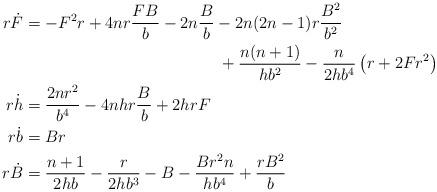
LaTeX: \begin{align*}r\dot{F} &= -F^2r + 4nr \frac{FB}{b} - 2n\frac{B}{b} - 2n(2n-1)r \frac{B^2}{b^2} \\& \qquad\qquad\qquad\qquad\qquad\qquad+ \frac{n(n+1)}{hb^2} - \frac{n}{2hb^4}\left(r + 2 F r^2 \right) \\r\dot{h} &= \frac{2nr^2}{b^4} - 4nhr \frac{B}{b} + 2hrF \\r\dot{b}&= Br \\r\dot{B} &= \frac{n+1}{2hb} - \frac{r}{2hb^3} - B - \frac{Br^2n}{hb^4} + \frac{rB^2}{b}\end{align*}